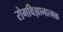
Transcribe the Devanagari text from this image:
रोगविज्ञानात्मक